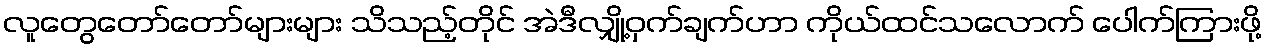
လူတွေတော်တော်များများ သိသည့်တိုင် အဲဒီလျှို့ဝှက်ချက်ဟာ ကိုယ်ထင်သလောက် ပေါက်ကြားဖို့